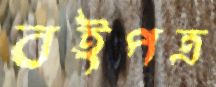
বইপত্র